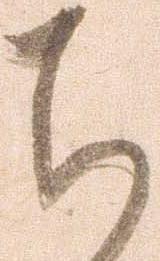
ち